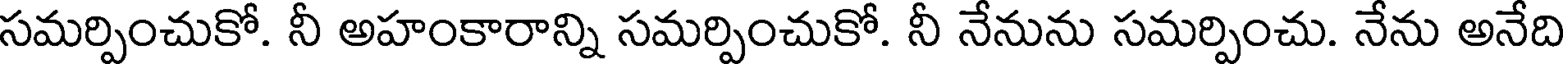
సమర్పించుకో. నీ అహంకారాన్ని సమర్పించుకో. నీ నేనును సమర్పించు. నేను అనేది